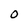
Character: 0